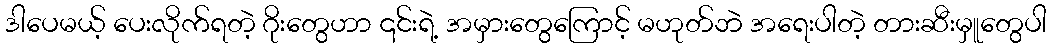
ဒါပေမယ့် ပေးလိုက်ရတဲ့ ဂိုးတွေဟာ ၎င်းရဲ့ အမှားတွေကြောင့် မဟုတ်ဘဲ အရေးပါတဲ့ တားဆီးမှူတွေပါ